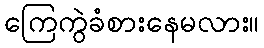
ကြေကွဲခံစားနေမလား။